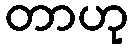
တာဟု